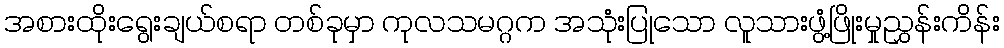
အစားထိုးရွေးချယ်စရာ တစ်ခုမှာ ကုလသမဂ္ဂက အသုံးပြုသော လူသားဖွံ့ဖြိုးမှုညွှန်းကိန်း